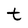
Character: t